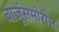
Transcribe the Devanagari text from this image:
बाजूंसमोरील